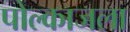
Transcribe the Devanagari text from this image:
पोल्काजला